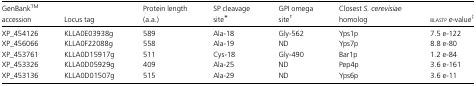
<table><thead><tr><td><b>GenBankTMaccession</b></td><td><b>Locus tag</b></td><td><b>Protein length (a.a.)</b></td><td><b>SP cleavage site*</b></td><td><b>GPI omega site†</b></td><td><b>Closest <i>S. cerevisiae</i> homolog</b></td><td><b>blastp<i>e</i>-value‡</b></td></tr></thead><tbody><tr><td>XP_454126</td><td>KLLA0E03938g</td><td>589</td><td>Ala-18</td><td>Gly-562</td><td>Yps1p</td><td>7.5 e-122</td></tr><tr><td>XP_456066</td><td>KLLA0F22088g</td><td>558</td><td>Ala-19</td><td>ND</td><td>Yps7p</td><td>8.8 e-80</td></tr><tr><td>XP_453761</td><td>KLLA0D15917g</td><td>511</td><td>Cys-18</td><td>Gly-490</td><td>Bar1p</td><td>1.2 e-84</td></tr><tr><td>XP_453326</td><td>KLLA0D05929g</td><td>409</td><td>Ala-25</td><td>ND</td><td>Pep4p</td><td>3.6 e-161</td></tr><tr><td>XP_453136</td><td>KLLA0D01507g</td><td>515</td><td>Ala-29</td><td>ND</td><td>Yps6p</td><td>3.6 e-11</td></tr></tbody></table>